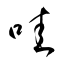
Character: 哇